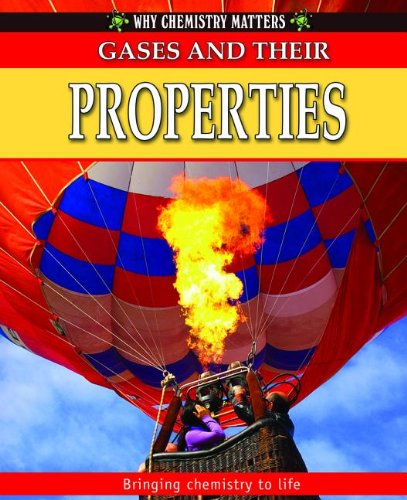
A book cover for Gases and Their Properties (Why Chemistry Matters); Reagan Miller; Children's Books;